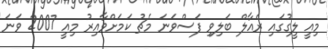
މިއީ ލީގުގައި ރެއާލް ބަލިވި ފަސްވަނަ މެޗު ކަމަށްވާއިރު މިއީ 2007 ވަނަ